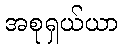
အစုရှယ်ယာ